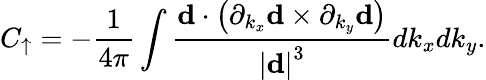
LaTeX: C_{\uparrow}=-\frac{1}{4\pi}\int\frac{\mathbf{d}\cdot\left(\partial_{k_{x}}\mathbf{d}\times\partial_{k_{y}}\mathbf{d}\right)}{\left\vert\mathbf{d}\right\vert^{3}}dk_{x}dk_{y}.